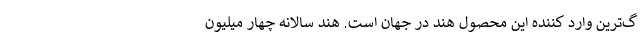
گ‌ترین وارد کننده این محصول هند در جهان است. هند سالانه چهار میلیون